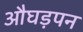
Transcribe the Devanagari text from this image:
औघड़पन